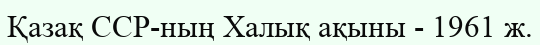
Қазақ ССР-ның Халық ақыны - 1961 ж.